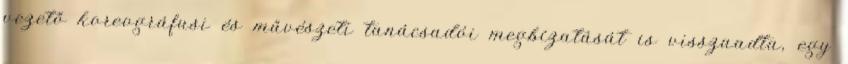
vezető koreográfusi és művészeti tanácsadói megbízatását is visszaadta, egy